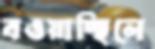
বওয়াচ্ছিলে